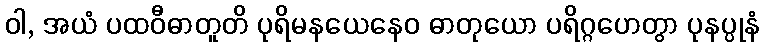
ဝါ, အယံ ပထဝီဓာတူတိ ပုရိမနယေနေဝ ဓာတုယော ပရိဂ္ဂဟေတွာ ပုနပ္ပုနံ